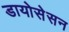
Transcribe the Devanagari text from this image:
डायोसेसन